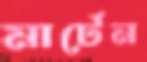
মার্টেন